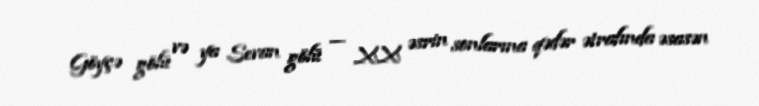
Göyçə gölü və ya Sevan gölü — XX əsrin sonlarına qədər ətrafında əsasən